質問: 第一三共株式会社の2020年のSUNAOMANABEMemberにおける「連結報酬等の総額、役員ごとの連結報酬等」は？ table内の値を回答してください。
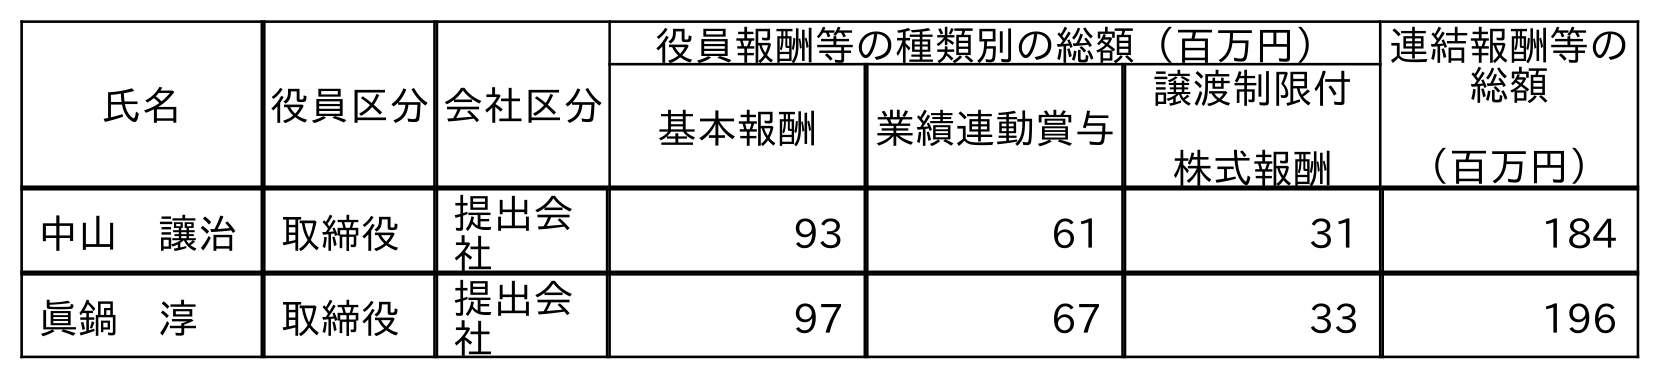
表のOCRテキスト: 氏名 役員区分会社区分 役員報酬等の種類別の総額（百万円） 連結報酬等の 総額 （百万円） 基本報酬 業績連動賞与 譲渡制限付 株式報酬 中山 讓治 取締役 提出会 社 93 61 31 184 眞鍋 淳 取締役 提出会 社 97 67 33 196
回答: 196